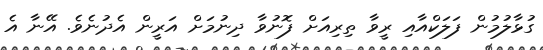
ގުޅާލުމުން ފަލަކްއާއި ރީވާ ތިރިއަށް ފޮނުވާ ދިނުމަށް އަރީން އެދުނެވެ. އޭނާ އެ